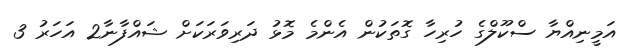
އަމީނިއްޔާ ސްކޫލްގެ ހުރިހާ ގޮތަކުން އެންމެ މޮޅު ދަރިވަރަކަށް ޝައްފާނާ2 އަހަރު 3